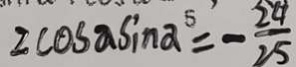
2 \cos a \sin a ^ { 5 } = - \frac { 2 4 } { 2 5 }